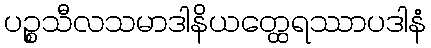
ပဉ္စသီလသမာဒါနိယတ္ထေရဿာပဒါနံ